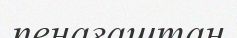
пенағаштан